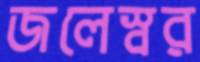
জলেস্বর